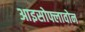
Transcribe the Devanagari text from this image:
आइसोफ्लावोन